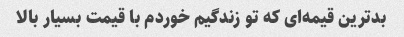
بدترین قیمه‌ای که تو زندگیم خوردم با قیمت بسیار بالا